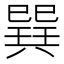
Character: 𢁌